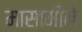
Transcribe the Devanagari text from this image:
मासामीने